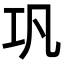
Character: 巩